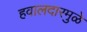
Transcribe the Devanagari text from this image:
हवालदारमुळे